Indian journal of veterinary science and animal husbandry - Volume 14,
Year: 1944
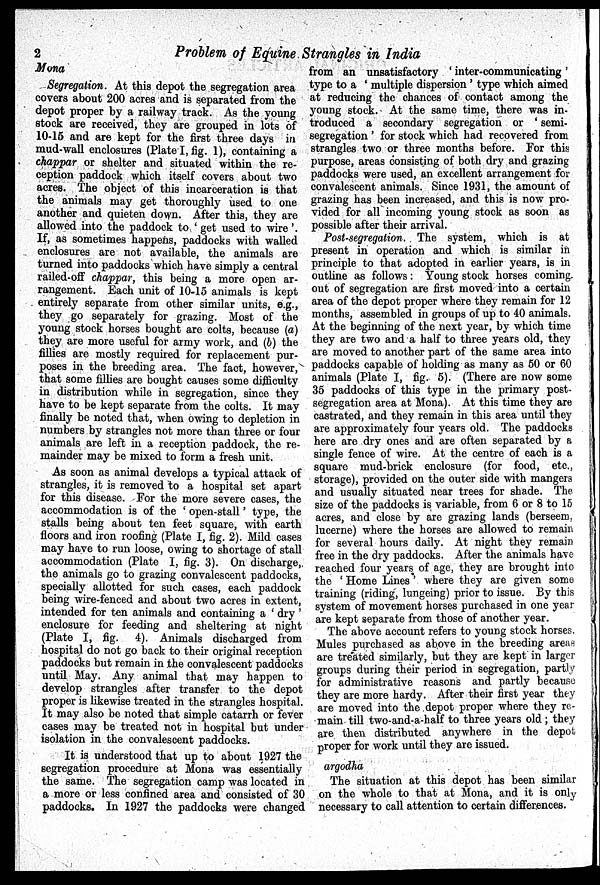
2
Problem of Equine Strangles in India
Mona
Segregation. At this depot the segregation area
covers about 200 acres and is separated from the
depot proper by a railway track. As the young
stock are received, they are grouped in lots of
10-15 and are kept for the first three days in
mud-wall enclosures (Plate I, fig. 1), containing a
chappar or shelter and situated within the re-
ception paddock which itself covers about two
acres. The object of this incarceration is that
the animals may get thoroughly used to one
another and quieten down. After this, they are
allowed into the paddock to 'get used to wire'.
If, as sometimes happens, paddocks with walled
enclosures are not available, the animals are
turned into paddocks which have simply a central
railed-off chappar, this being a more open ar-
rangement. Each unit of 10-15 animals is kept
entirely separate from other similar units, e.g.,
they go separately for grazing. Most of the
young stock horses bought are colts, because (a)
they are more useful for army work, and (b) the
fillies are mostly required for replacement pur-
poses in the breeding area. The fact, however,
that some fillies are bought causes some difficulty
in distribution while in segregation, since they
have to be kept separate from the colts. It may
finally be noted that, when owing to depletion in
numbers by strangles not more than three or four
animals are left in a reception paddock, the re-
mainder may be mixed to form a fresh unit.
As soon as animal develops a typical attack of
strangles, it is removed to a hospital set apart
for this disease. For the more severe cases, the
accommodation is of the 'open-stall' type, the
stalls being about ten feet square, with earth
floors and iron roofing (Plate I, fig. 2). Mild cases
may have to run loose, owing to shortage of stall
accommodation (Plate I, fig. 3). On discharge,
the animals go to grazing convalescent paddocks,
specially allotted for such cases, each paddock
being wire-fenced and about two acres in extent,
intended for ten animals and containing a 'dry'
enclosure for feeding and sheltering at night
(Plate I, fig, 4). Animals discharged from
hospital do not go back to their original reception
paddocks but remain in the convalescent paddocks
until May. Any animal that may happen to
develop strangles after transfer to the depot
proper is likewise treated in the strangles hospital.
It may also be noted that simple catarrh or fever
cases may be treated not in hospital but under
isolation in the convalescent paddocks.
It is understood that up to about 1927 the
segregation procedure at Mona was essentially
the same. The segregation camp was located in
a more or less confined area and consisted of 30
paddocks. In 1927 the paddocks were changed
from an unsatisfactory 'inter-communicating'
type to a 'multiple dispersion' type which aimed
at reducing the chances of contact among the
young stock. At the same time, there was in-
troduced a secondary segregation or 'semi-
segregation' for stock which had recovered from
strangles two or three months before. For this
purpose, areas consisting of both dry and grazing
paddocks were used, an excellent arrangement for
convalescent animals. Since 1931, the amount of
grazing has been increased, and this is now pro-
vided for all incoming young stock as soon as
possible after their arrival.
Post-segregation. The system, which is at
present in operation and which is similar in
principle to that adopted in earlier years, is in
outline as follows: Young stock horses coming-
out of segregation are first moved into a certain
area of the depot proper where they remain for 12
months, assembled in groups of up to 40 animals.
At the beginning of the next year, by which time
they are two and a half to three years old, they
are moved to another part of the same area into
paddocks capable of holding as many as 50 or 60
animals (Plate I, fig. 5). (There are now some
35 paddocks of this type in the primary post-
segregation area at Mona). At this time they are
castrated, and they remain in this area until they
are approximately four years old. The paddocks
here are dry ones and are often separated by a
single fence of wire. At the centre of each is a
square mud-brick enclosure (for food, etc.,
storage), provided on the outer side with mangers
and usually situated near trees for shade. The
size of the paddocks is variable, from 6 or 8 to 15
acres, and close by are grazing lands (berseem,
lucerne) where the horses are allowed to remain
for several hours daily. At night they remain
free in the dry paddocks. After the animals have
reached four years of age, they are brought into
the 'Home Lines' where they are given some
training (riding, lungeing) prior to issue. By this
system of movement horses purchased in one year
are kept separate from those of another year.
The above account refers to young stock horses.
Mules purchased as above in the breeding areas
are treated similarly, but they are kept in larger
groups during their period in segregation, partly
for administrative reasons and partly because
they are more hardy. After their first year they
are moved into the depot proper where they re-
main till two-and-a-half to three years old; they
are then distributed anywhere in the depot
proper for work until they are issued.
argodha
The situation at this depot has been similar
on the whole to that at Mona, and it is only
necessary to call attention to certain differences.